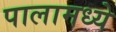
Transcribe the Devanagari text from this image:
पालामध्ये